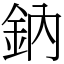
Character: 鈉